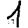
Digit: 1